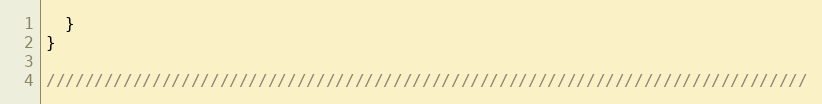
Language: C
  }
}

///////////////////////////////////////////////////////////////////////////////